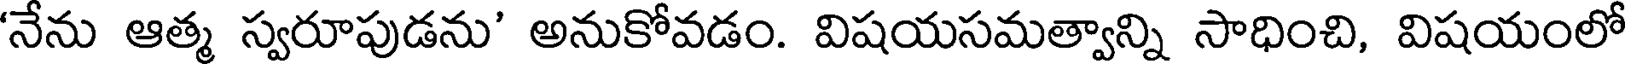
'నేను ఆత్మ స్వరూపుడను' అనుకోవడం. విషయసమత్వాన్ని సాధించి, విషయంలో